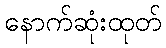
နောက်ဆုံးထုတ်